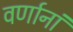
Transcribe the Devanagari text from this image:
वर्णानां